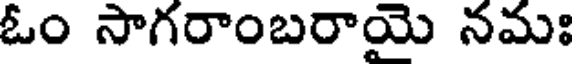
ఓం సాగరాంబరాయై నమః